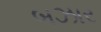
બઝાર